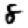
Digit: 8